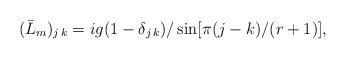
\begin{align*}(\bar{L}_m)_{j\,k}=ig(1-\delta_{j\,k})/\sin[\pi(j-k)/(r+1)],\end{align*}